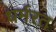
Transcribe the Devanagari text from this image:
धर्मरत